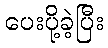
ပေးပို့ခဲ့ပြီး